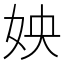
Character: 姎